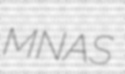
MNAS